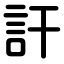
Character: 訐